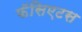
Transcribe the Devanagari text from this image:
फॅसिएटस